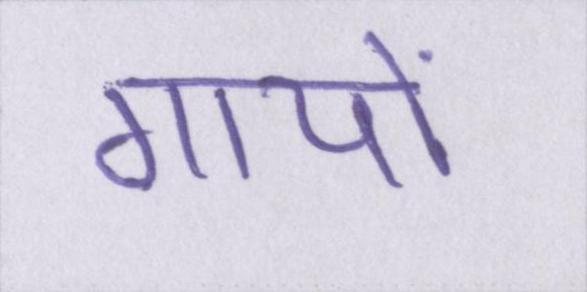
गायों